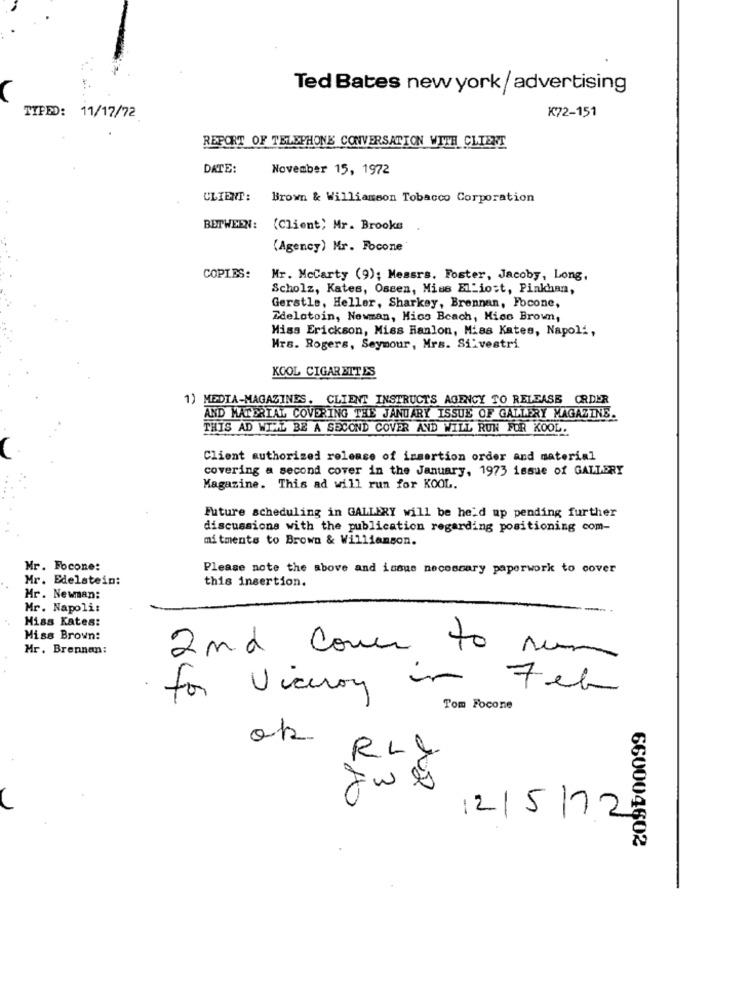
Ted Bates newyork/advertising
TIPED: 11/17/72
K72-151
REPORT OF TELEPHONE CONVERSATION WITH CLIENT
DATE:
November 15, 1972
CLIENT:
Brown & Williamson Tobacco Corporation
BETWEEN: (Client; Mr. Brooks
(Agency) Mr. Focone
COPIES:
Mr. Mccarty (9); Messrs. Foster, Jacoby, Long,
Scholz, Kates, Oseen, Miss ELLiost, Pinkhan,
Gerstle, Heller, Sharkey, Brennan, Focone,
Zdelotoin, Newman, Hics Beach, Hice Brown,
Miss Erickson, Miss Hanlon, Miss Kates, Napoli,
Hrs. Rogers, Seymour, Mrs. Silvestri
KOOL CIGARETTES
1) MEDIA-MAGAZINES. CLIENT INSTRUCTS AGENCY TO RELEASE ORDER
AND MATERIAL COVERING THE JANUARY ISSUE OF GALLERY MAGAZINE.
THIS AD WIHL BE A SECOND COVER AND WILL RUN FOR KOOL.
Client authorized release of insertion order and material
covering a second cover in the January, 1973 issue of GALLERY
Magazine. This ad will run for KOOL.
Future scheduling in GALLERY will be held up pending further
discussions with the publication regarding positioning com-
mitments to Brown & Williamson.
Mr. Focone:
Please note the above and issus necescary paperwork to cover
Mr. Edelstein:
this insertion.
Mr. Newman:
Mr. Napoli:
Miss Kates:
Miss Brown:
Mr. Brennan:
2nd comes to run
for viceroy in Feb
Tom Focone
202
Jwes
12/5 /72
660004602